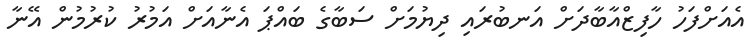
އެއަށްފަހު ހާފިޒްއާބާދަށް އަނބުރައި ދިޔުމަށް ސަބާގެ ބައްޕަ އެނާއަށް އަމުރު ކުރުމުން އޭނާ